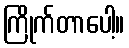
ကြိုက်တာပေါ့။